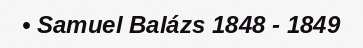
• Samuel Balázs 1848 - 1849